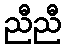
ညီညီ